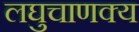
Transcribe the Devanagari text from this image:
लघुचाणक्य